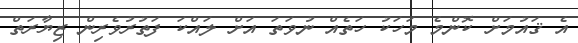
އެ ޤައުމަށް ކޮންމެ މަހަކު ހަތެއް ނުވަތަ އަށް ލައްކަ ފަތުރުވެރިން ޒިޔާރަތް